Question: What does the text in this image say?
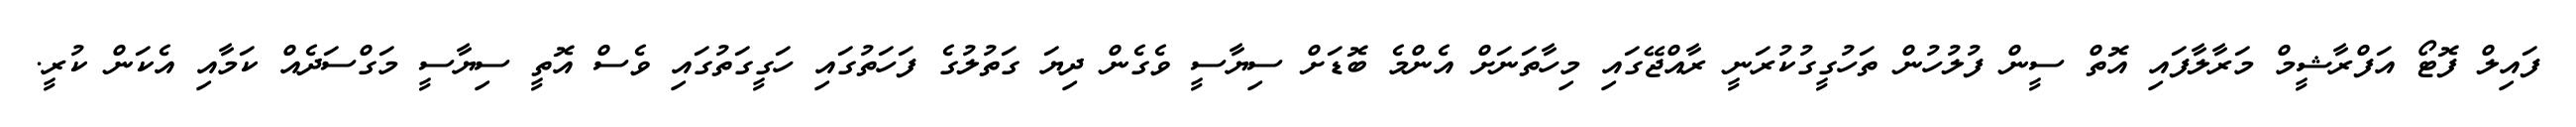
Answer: ފައިލް ފޮޓޯ އަފްރާޝީމް މަރާލާފައި އޮތް ސީން ފުލުހުން ތަހުގީގުކުރަނީ ރާއްޖޭގައި މިހާތަނަށް އެންމެ ބޮޑަށް ސިޔާސީ ވެގެން ދިޔަ ގަތުލުގެ ފަހަތުގައި ހަގީގަތުގައި ވެސް އޮތީ ސިޔާސީ މަގްސަދެއް ކަމާއި އެކަން ކުރީ.